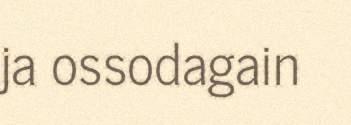
ja ossodagain